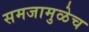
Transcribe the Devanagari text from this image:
समजामुळेच